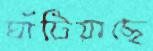
ঘাঁটিয়াছে